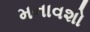
મનાવશો